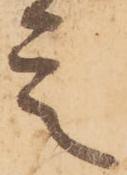
言